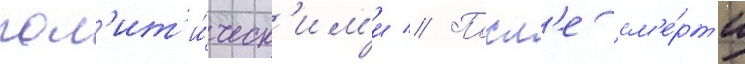
пол'ит'и́ческ'им'и // Посл'е см'е́рт'и